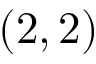
( 2 , 2 )